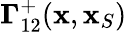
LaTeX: {\mathbf\Gamma}_{12}^{+}({\mathbf x},{\mathbf x}_{S})